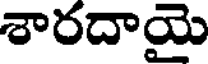
శారదాయై